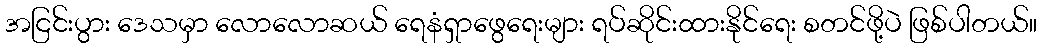
အငြင်းပွား ဒေသမှာ လောလောဆယ် ရေနံရှာဖွေရေးများ ရပ်ဆိုင်းထားနိုင်ရေး စတင်ဖို့ပဲ ဖြစ်ပါတယ်။